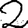
Digit: 2